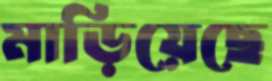
মাড়িয়েছে